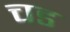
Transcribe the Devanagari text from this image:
चड